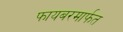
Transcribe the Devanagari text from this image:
फायबरमार्फत